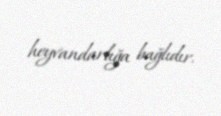
heyvandarlığa bağlıdır.